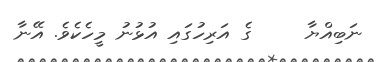
ނަބިއްޔާ     ގެ އަރިހުގައި އުޅުނު މީހެކެވެ. އޭނާ